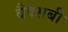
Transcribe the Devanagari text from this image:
बैक्सबी